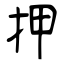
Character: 押